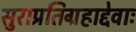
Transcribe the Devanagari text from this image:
सुराप्रतिग्रहाद्देवाः